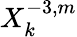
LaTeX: X_{k}^{-3,m}